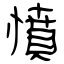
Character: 憤